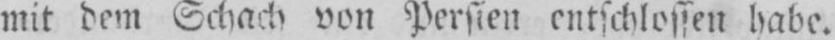
mit dem Schach von Persien entschlossen habe.